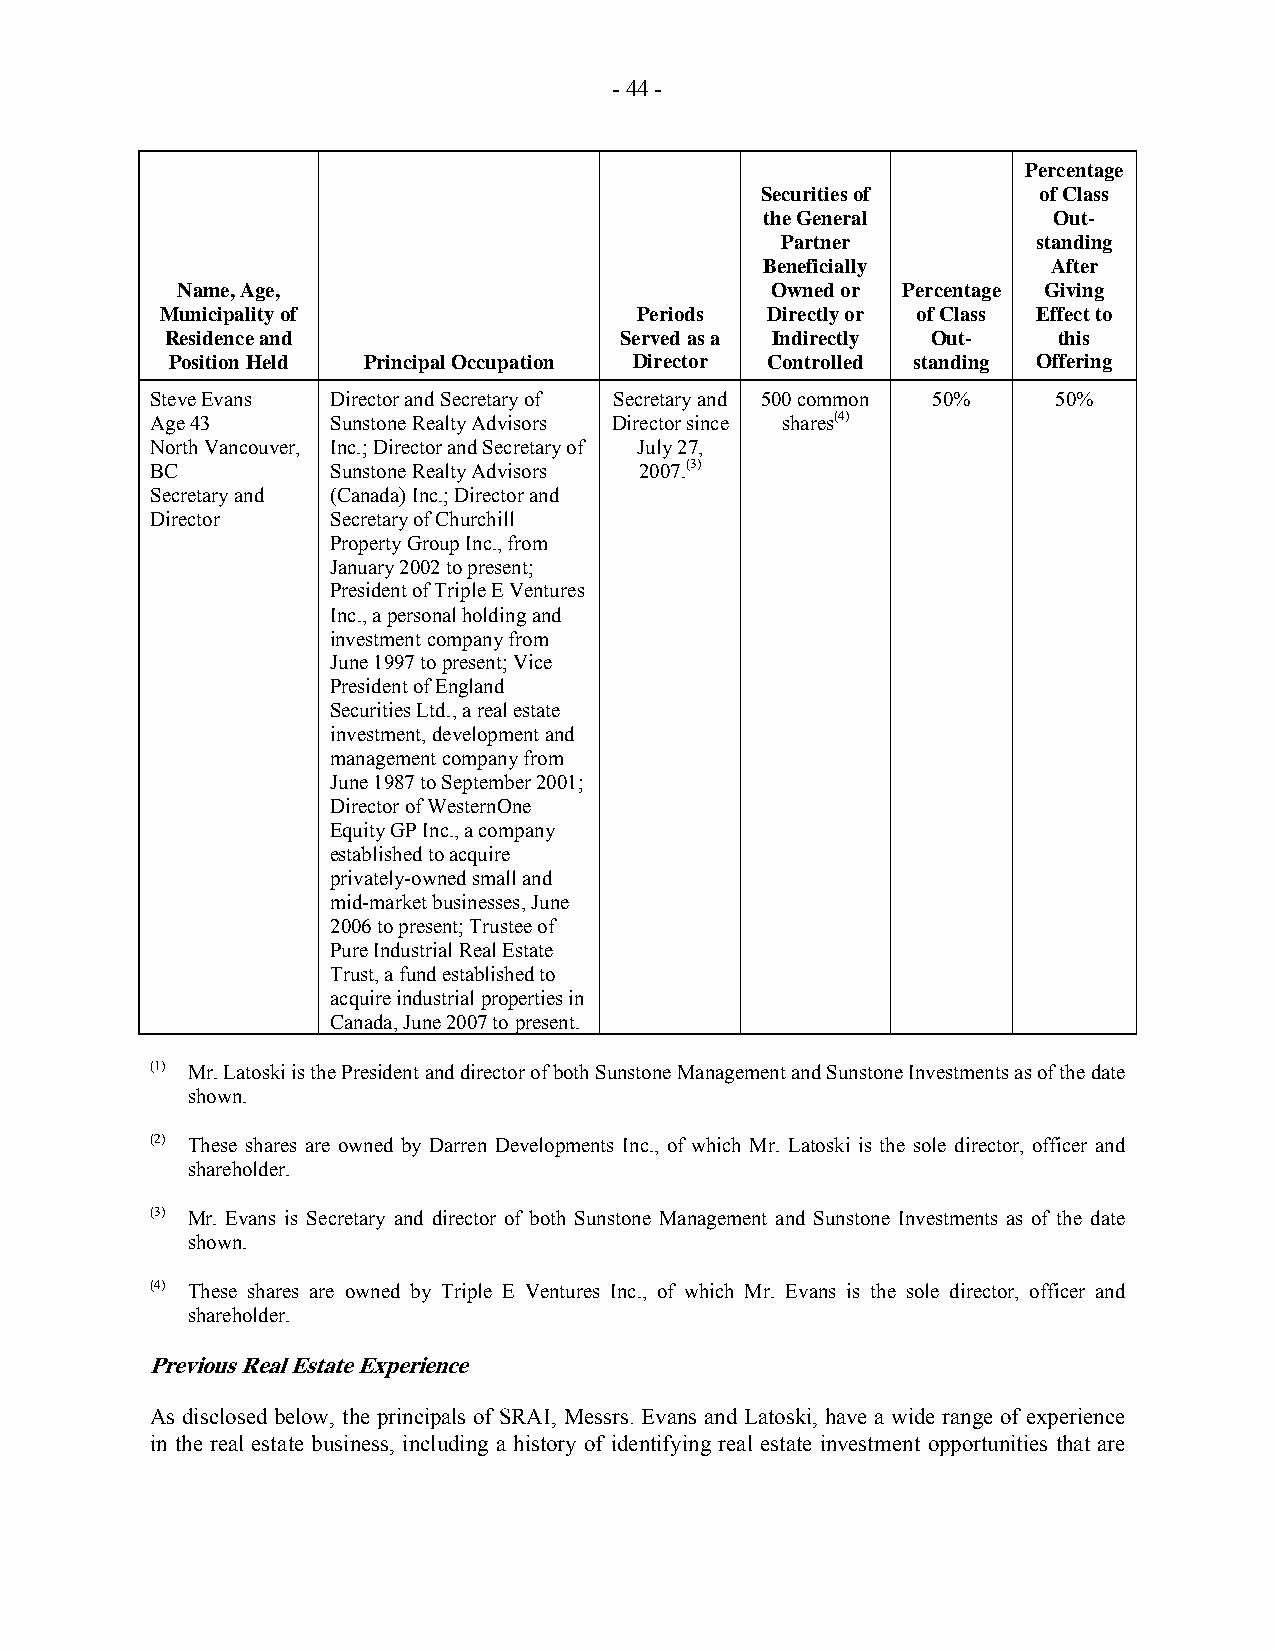
- 44 -
 Percentage
 Securities of      of Class
 the General        Out-
 Partner          standing
 Beneficially       After
 Name, Age,                             Owned or Percentage Giving
 Municipality of                Periods  Directly or of Class Effect to
 Residence and                 Served as a Indirectly Out-  this
 Position Held Principal Occupation Director Controlled standing Offering
 Steve Evans Director and Secretary of Secretary and 500 common 50% 50%
 Age 43      Sunstone Realty Advisors Director since shares(4)
 North Vancouver, Inc.; Director and Secretary of July 27,
 BC          Sunstone Realty Advisors 2007.(3)
 Secretary and (Canada) Inc.; Director and
 Director    Secretary of Churchill
 Property Group Inc., from
 January 2002 to present;
 President of Triple E Ventures
 Inc., a personal holding and
 investment company from
 June 1997 to present; Vice
 President of England
 Securities Ltd., a real estate
 investment, development and
 management company from
 June 1987 to September 2001;
 Director of WesternOne
 Equity GP Inc., a company
 established to acquire
 privately-owned small and
 mid-market businesses, June
 2006 to present; Trustee of
 Pure Industrial Real Estate
 Trust, a fund established to
 acquire industrial properties in
 Canada, June 2007 to present.
 (1) Mr. Latoski is the President and director of both Sunstone Management and Sunstone Investments as of the date
 shown.
 (2) These shares are owned by Darren Developments Inc., of which Mr. Latoski is the sole director, officer and
 shareholder.
 (3) Mr. Evans is Secretary and director of both Sunstone Management and Sunstone Investments as of the date
 shown.
 (4) These shares are owned by Triple E Ventures Inc., of which Mr. Evans is the sole director, officer and
 shareholder.
 Previous Real Estate Experience
 As disclosed below, the principals of SRAI, Messrs. Evans and Latoski, have a wide range of experience
 in the real estate business, including a history of identifying real estate investment opportunities that are